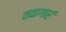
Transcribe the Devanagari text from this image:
तवागारं